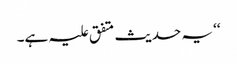
‘‘ یہ حدیث متفق علیہ ہے۔